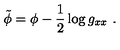
\tilde { \phi } = \phi - { \frac { 1 } { 2 } } \log g _ { x x } \ .